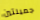
جميلتين